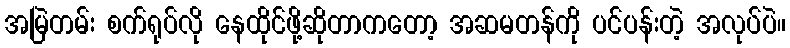
အမြဲတမ်း စက်ရုပ်လို နေထိုင်ဖို့ဆိုတာကတော့ အဆမတန်ကို ပင်ပန်းတဲ့ အလုပ်ပဲ။